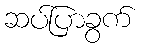
ဆပ်ပြာခွက်